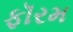
ફૉરમ